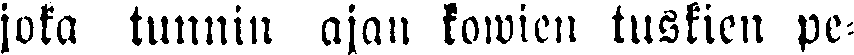
joka tunnin ajan kowien tuskien pe-